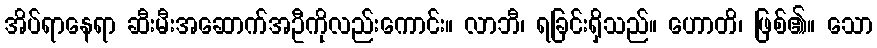
အိပ်ရာနေရာ ဆီးမီးအဆောက်အဦကိုလည်းကောင်း။ လာဘီ၊ ရခြင်းရှိသည်။ ဟောတိ၊ ဖြစ်၏။ သော